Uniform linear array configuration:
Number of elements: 4
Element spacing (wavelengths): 0.25
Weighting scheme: hann
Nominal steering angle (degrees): -45
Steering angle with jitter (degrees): -44.294
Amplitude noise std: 0.05
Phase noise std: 0.05

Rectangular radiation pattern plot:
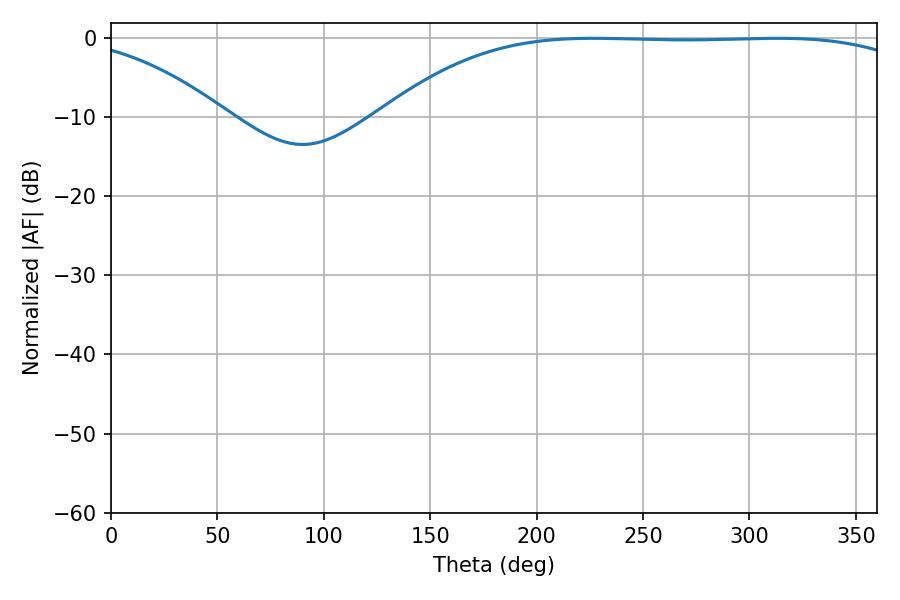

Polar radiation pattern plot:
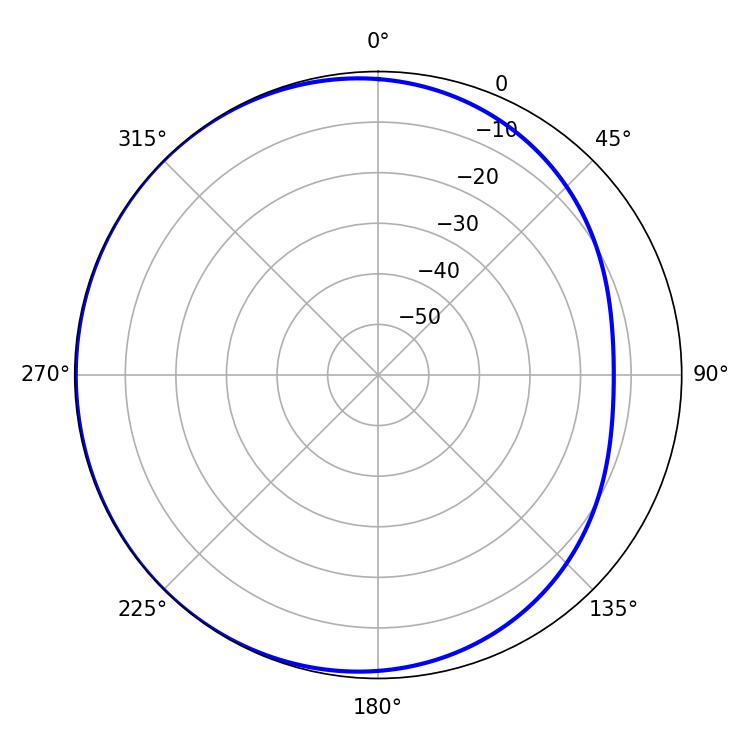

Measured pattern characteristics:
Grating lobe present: FALSE
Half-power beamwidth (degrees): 195.66
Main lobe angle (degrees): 226.62